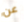
عن